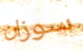
سوزان